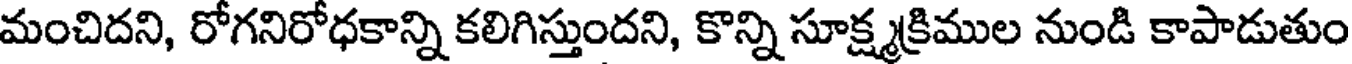
మంచిదని, రోగనిరోధకాన్ని కలిగిస్తుందని, కొన్ని సూక్ష్మక్రిముల నుండి కాపాడుతుం